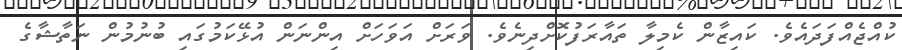
ކުއްޖެއްފަދައެވެ. ކައިޒާން ކެމިލާ ތައާރަފުކޮށްދިނެވެ. ވަރަށް އަވަހަށް އިންނަން އުޅޭކަމުގައި ބުނުމުން ނަތާޝާގެ